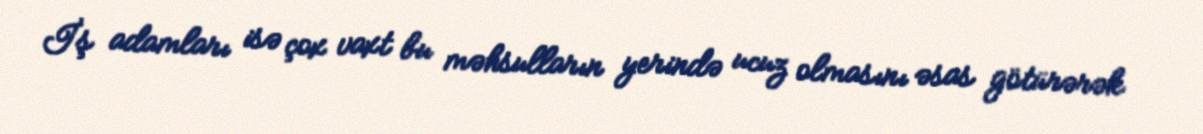
İş adamları isə çox vaxt bu məhsulların yerində ucuz olmasını əsas götürərək